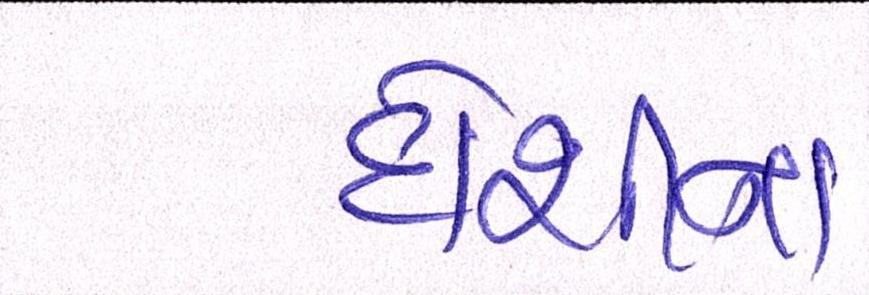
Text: દોશીના